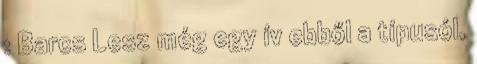
: Barcs Lesz még egy ív ebből a típusól,